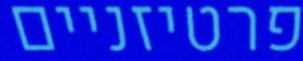
פרטיזניים